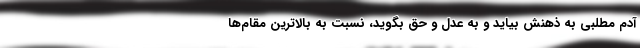
آدم مطلبی به ذهنش بیاید و به عدل و حق بگوید، نسبت به بالاترین مقام‌ها